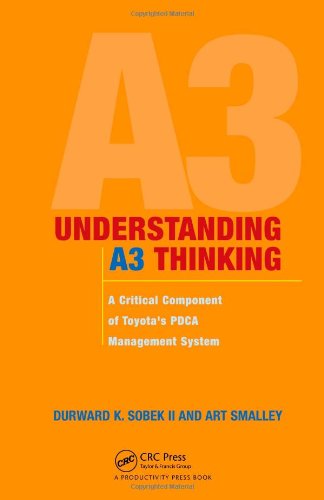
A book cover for Understanding A3 Thinking: A Critical Component of Toyota's PDCA Management System; Durward K. Sobek II; Engineering & Transportation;